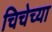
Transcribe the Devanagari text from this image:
चिचेच्या